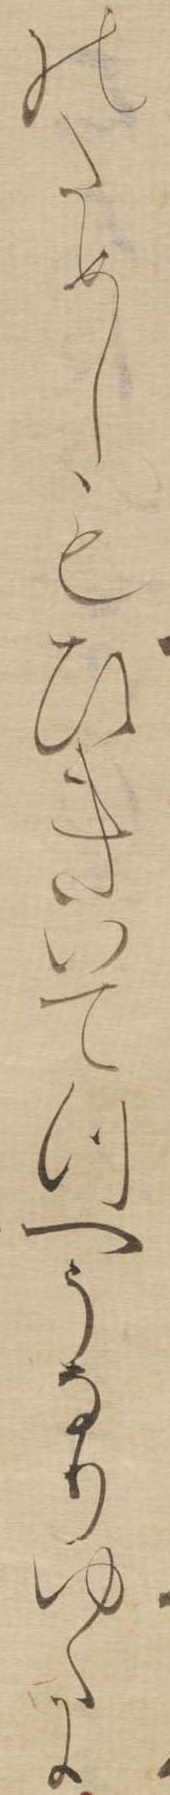
のためしもひきいてつへうなりゆくに